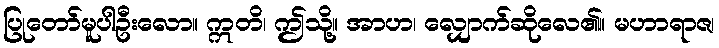
ပြုတော်မူပါဦးလော။ ဣတိ၊ ဤသို့။ အာဟ၊ လျှောက်ဆိုလေ၏။ မဟာရာဇ၊